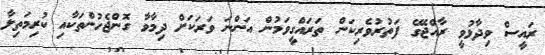
ރައީސް ވިދާޅުވީ ރާއްޖޭގެ ފަތުރުވެރިކަން ތަރައްގީވަމުން އަންނަ ވަރަކަށް ދިމާވާ ގޮންޖެހުންތަކާއި ކުރިމަތިލާ